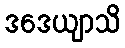
ဒဒေယျာသိ